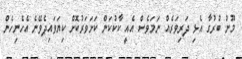
މޫނު ބުރުގާ އެޅި ދަރިވަރެއް ނަމަވެސް އެއީ ކާކުކަން ކަށަވަރުކޮށް ކިޔަވައިދެވޭނެ އެހެނިހެން